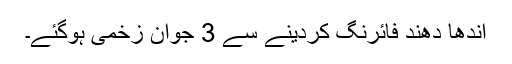
اندھا دھند فائرنگ کردینے سے 3 جوان زخمی ہوگئے۔